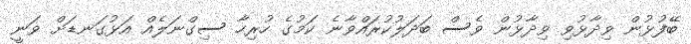
ބޭފުޅުން ވިދާޅުވި ވިދާޅުން ވެސް ބަދަލުކުރައްވާނެ ކަމުގެ ހުރިހާ ސިގްނަލެއް އަޅުގަނޑަށް ވަނީ